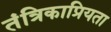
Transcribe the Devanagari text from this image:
तंत्रिकाप्रियता